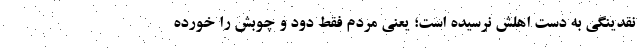
نقدینگی به دست اهلش نرسیده است؛ یعنی مردم فقط دود و چوبش را خورد‌ه‌